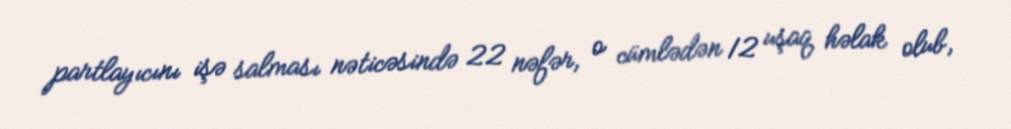
partlayıcını işə salması nəticəsində 22 nəfər, o cümlədən 12 uşaq həlak olub,